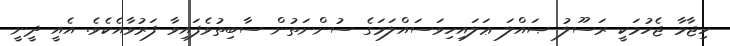
ހިޖާމާ ޖެހުމަކީ ރަސޫލު ޞައްލަ ޢަލައިހިވަސައްލަމަގެ ސުންނަތުން ސާބިތުވެފައިވާ ފަރުވާއެކެވެ. އެއީ ދީނީ